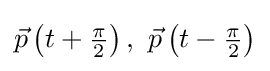
{\vec {p}}\left(t+{\tfrac {\pi }{2}}\right),\ {\vec {p}}\left(t-{\tfrac {\pi }{2}}\right)